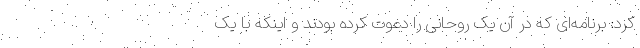
کرد: برنامه‌ای که در آن یک روحانی را دعوت کرده بودند و اینکه با یک